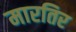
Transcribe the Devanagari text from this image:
मारतिर